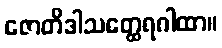
ဇောတိဒါသတ္ထေရဂါထာ။